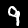
Digit: 9